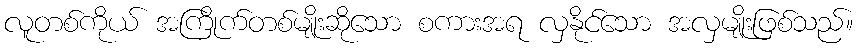
လူတစ်ကိုယ် အကြိုက်တစ်မျိုးဆိုသော စကားအရ လှနိုင်သော အလှမျိုးဖြစ်သည်။